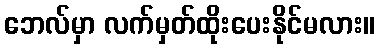
ဘေလ်မှာ လက်မှတ်ထိုးပေးနိုင်မလား။